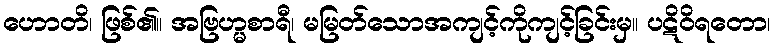
ဟောတိ၊ ဖြစ်၏။ အဗြဟ္မစာရီ၊ မမြတ်သောအကျင့်ကိုကျင့်ခြင်းမှ။ ပဋိဝိရတော၊